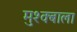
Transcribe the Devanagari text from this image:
मुश्क्बाला